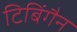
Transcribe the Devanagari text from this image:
टिबिंगैन